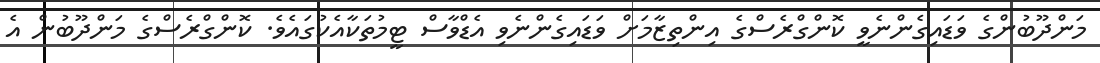
މަންދޫބުންގެ ވަޑައިގެންނެވީ ކޮންގްރެސްގެ އިންތިޒާމަށް ވަޑައިގެންނެވި އެޑްވާސް ޓީމުތަކާއެކުގައެވެ. ކޮންގްރެސްގެ މަންދޫބުން އެ